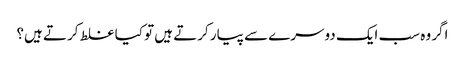
اگر وہ سب ایک دوسرے سے پیار کرتے ہیں تو کیا غلط کرتے ہیں؟